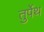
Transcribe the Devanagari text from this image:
तुर्पेथ